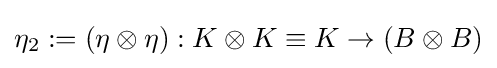
\eta _{2}:=(\eta \otimes \eta ):K\otimes K\equiv K\to (B\otimes B)